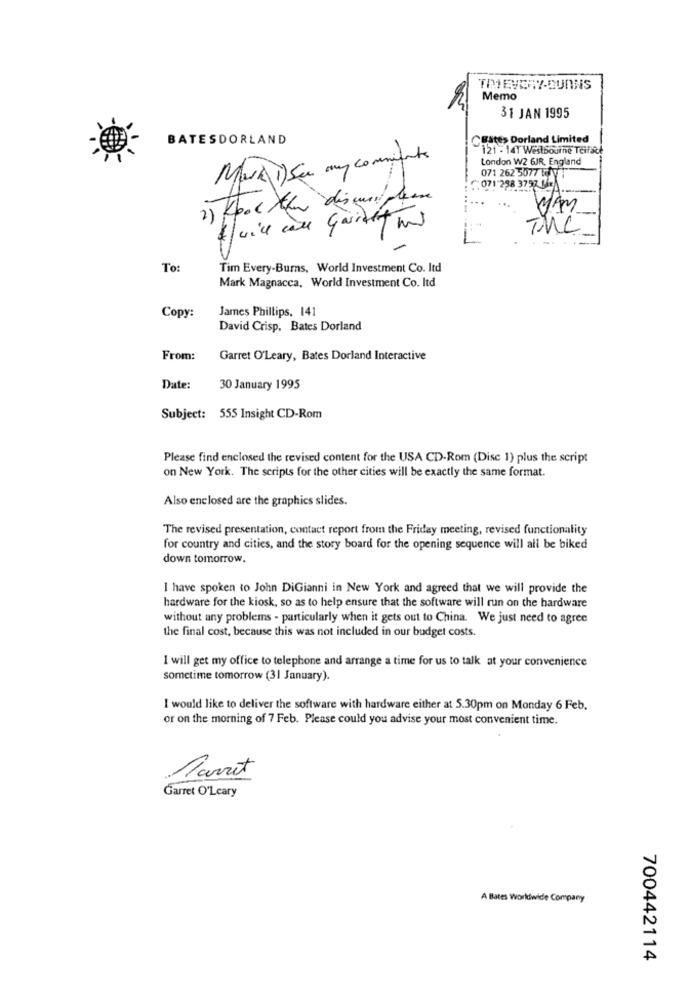
Memo
31 JAN 1995
BATESDORLAND
CEites Dorland Limited
121 - 141 Westbourne Teifsich
Mark i) Som my comments
London W2 GJR, England
071 262 5077 LI 1
"071 238 3797
The
To:
Tim Every-Burns, World Investment Co. Itd
Mark Magnacca, World Investment Co. Itd
James Phillips, 141
Copy:
David Crisp. Bates Dorland
From:
Garret O'Leary, Bates Dorland Interactive
Date:
30 January 1995
Subject: 555 Insight CD-Rom
Please find enclosed the revised content for the USA CD-Rom (Disc 1) plus the script
on New York. The scripts for the other cities will be exactly the same format.
Also enclosed are the graphics slides.
The revised presentation, contact report from the Friday meeting, revised functionality
for country and cities, and the story board for the opening sequence will all be biked
down tomorrow.
I have spoken to John DiGianni in New York and agreed that we will provide the
hardware for the kiosk, so as to help ensure that the software will run on the hardware
without any problems - particularly when it gets out to China. We just need to agree
the final cost, because this was not included in our budget costs.
I will get my office to telephone and arrange a time for us to talk at your convenience
sometime tomorrow (3) January).
I would like to deliver the software with hardware either at 5.30pm on Monday 6 Feb.
or on the morning of 7 Feb. Please could you advise your most convenient time.
Parret
Garret O'Leary
A Bates worldwide Company
700442114